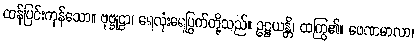
ထန်ပြင်းကုန်သော။ ဗုဗ္ဗုဠာ၊ ရေလုံးရေပြွက်တို့သည်။ ဥဋ္ဌယန္တိ၊ ထကြွ၏။ ဖေဏမာလာ၊